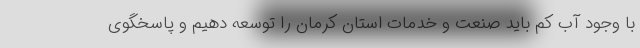
با وجود آب کم باید صنعت و خدمات استان کرمان را توسعه دهیم و پاسخگوی